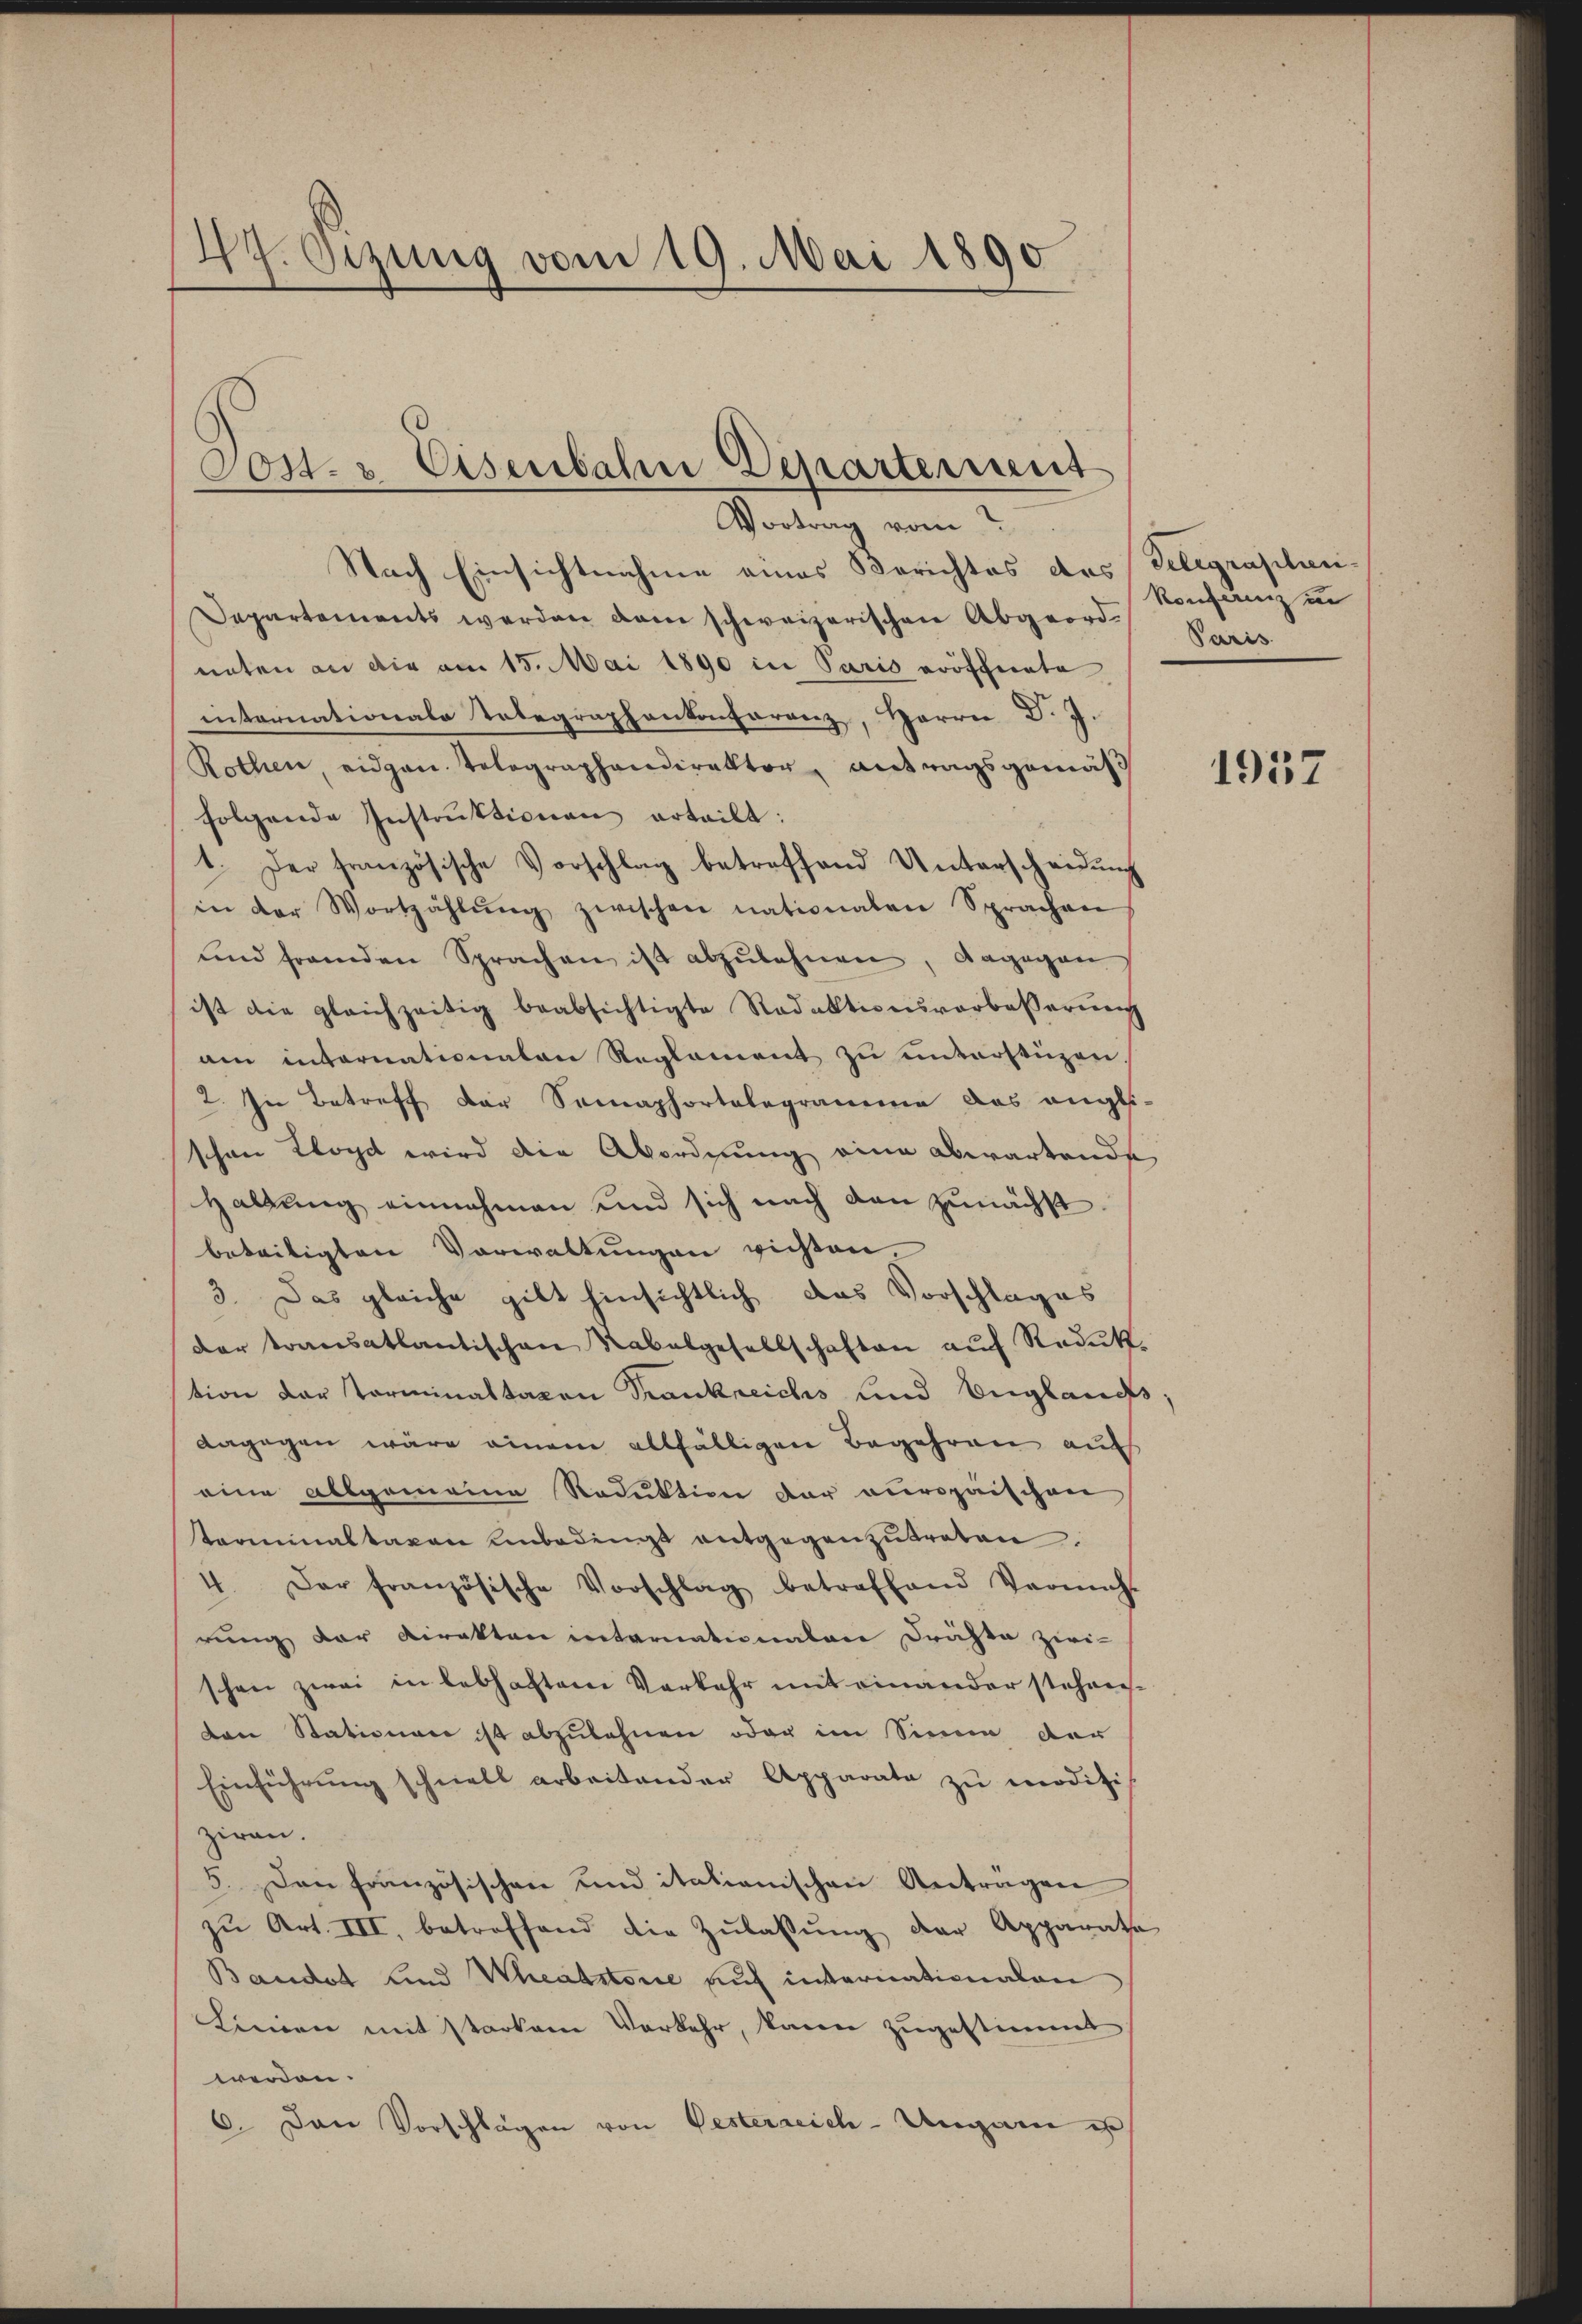
27. Oczung vom 19. Mai 1890

Post- & Eisenbahn Departement
Vortrag vom

Nach Einsichtnahme eines Berichtes des Telegraplan¬
Departements werden dem schweizerischen Abgeord, Paris
nnten an die am 15. Mai 1890 in Paris eröffnete
internationale Telegraphenkonferenz, Herrn D. J.
Rothen, eidgen. Telegraphendirektor antragsgemäß
folgende Instruktionen erteilt:
1. Der französische Vorschlag betreffend Unterscheidung
in der Wortzahlŭng zwischen nationalen Sprachen
und fremden Sprachen ist abzulehnen, dagegen
ist die gleichzeitig beabsichtigte Redaktionsvorbesserung
am internationaten Reglement zŭ ŭnterstüzen.
2. In Betreff der Samaphortelegramme das engli-
schon lloyd wird die Abordnung eine abwartende
Haltung einnahmen und sich nach den zunächst
beteiligten Vorwaltungen richten.
3. Das gleiche gilt hinsichtlich das Vorschlages
dar transatlantischen Rabalgesellschaften auf Redukt
tion der Terminaltaxen Trankreichs und England;
dagegen wäre einem allfälligen Begehren auf
eine allgemeine Reduktion der europaischen
terminaltaxen unbedingt entgegenzŭtreten.
4. Der französische Vorschlag betreffend Vermitt
rung der Direkten internationalen Drähte zwi-
schon zwei in lebhaftem Vorkehr mit einander stehen.
den Stationen ist abzulehnen oder im Sinne der
Einführung schnell arbeitender Apparato zu modifi-
ziren.
5. Den Französischen und italianischen Anträgen
zŭ Art. III. betreffend die Zŭlassŭng der Apparate
Bandet und Weakstone auf internationalen
Linien mit starkem Verkehr, kann zugestimmt
werden.
6. Den Vorschlägen von Oesterreich-Ungarn ist

Konferenz in

1957